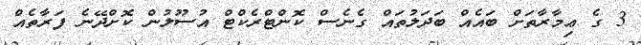
3 ގެ ޢިމާރާތަށް ބައެއް ބަދަލުތައް ގެނެސް ކޮންޓްރެކްޓް އުސޫލުން ކޮށްދޭނެ ފަރާތެއް